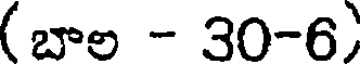
(బాల - 30-6)